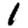
Digit: 1